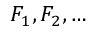
F _ { 1 } , F _ { 2 } , \dots